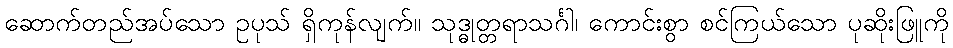
ဆောက်တည်အပ်သော ဥပုသ် ရှိကုန်လျက်။ သုဒ္ဓုတ္တရာသင်္ဂါ၊ ကောင်းစွာ စင်ကြယ်သော ပုဆိုးဖြူကို